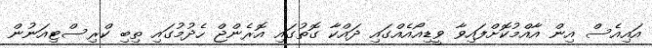
އައިއެސް އިން އާއްމުކޮށްފައިވާ ވީޑިއޯއެއްގައި ދައްކާ ގޮތުގައި އޮރެންޖް ހެދުމުގައި ތިބި ކްރިސްޓިއަނުން